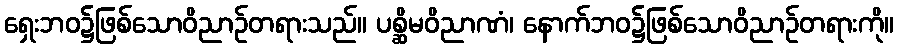
ရှေးဘဝ၌ဖြစ်သောဝိညာဉ်တရားသည်။ ပစ္ဆိမဝိညာဏံ၊ နောက်ဘဝ၌ဖြစ်သောဝိညာဉ်တရားကို။